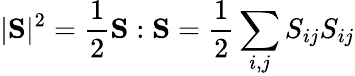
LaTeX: |\mathrm{\mathbf S}|^{2}=\frac{1}{2}\mathrm{\mathbf S}:\mathrm{\mathbf S}=\frac{1}{2}\sum_{i,j}S_{ij}S_{ij}